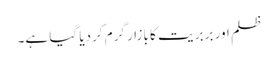
ظلم اور بربر یت کا بازار گرم کردیا گیا ہے۔